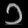
Digit: ၁